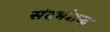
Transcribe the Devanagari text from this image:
संदर्भशब्द